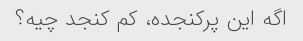
اگه این پرکنجده، کم کنجد چیه؟